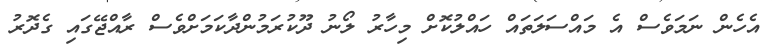
އެހެން ނަމަވެސް އެ މައްސަލަތައް ހައްލުކޮށް މިހާރު ލޯނު ދޫކުރަމުންދާކަމަށްވެސް ރާއްޖޭގައި ގެދޮރު